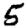
Digit: 5